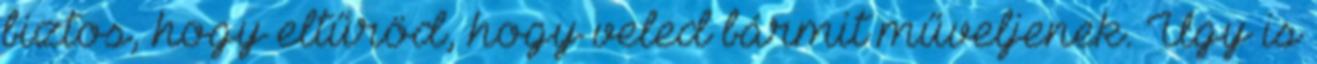
biztos, hogy eltűröd, hogy veled bármit műveljenek. Úgy is